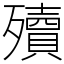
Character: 殰